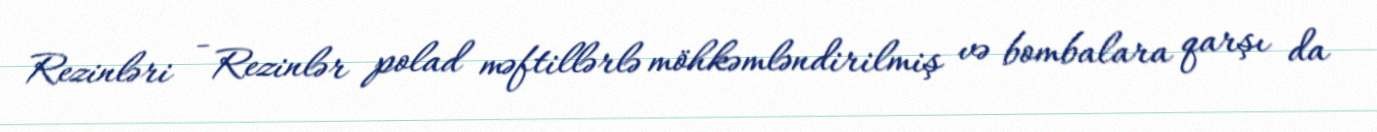
Rezinləri - Rezinlər polad məftillərlə möhkəmləndirilmiş və bombalara qarşı da